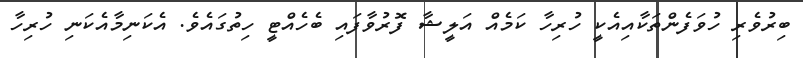
ބިރުވެރި ހުވަފެންތަކާއިއެކީ ހުރިހާ ކަމެއް އަލީޝާ ފޮރުވާފައި ބެހެއްޓީ ހިތުގައެވެ. އެކަނިމާއެކަނި ހުރިހާާ